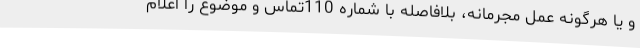
و یا هرگونه عمل مجرمانه، بلافاصله با شماره 110تماس و موضوع را اعلام